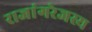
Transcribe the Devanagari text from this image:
राजांगरेजस्य